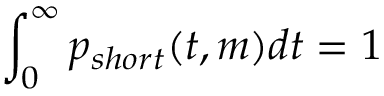
\int _ { 0 } ^ { \infty } p _ { s h o r t } ( t , m ) d t = 1